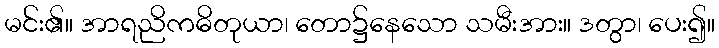
မင်း၏။ အာရညိကဓိတုယာ၊ တော၌နေသော သမီးအား။ ဒတွာ၊ ပေး၍။